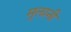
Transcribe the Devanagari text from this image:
मुलानी